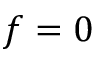
f = 0